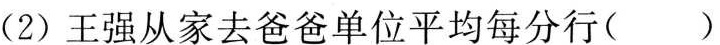
(2)王强从家去爸爸单位平均每分行()